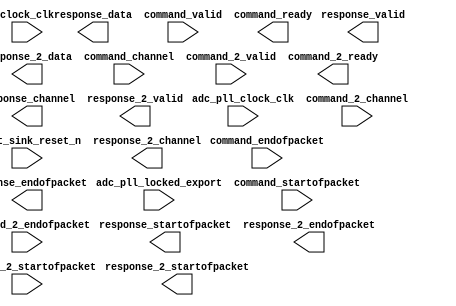

module adc (
	clock_clk,
	reset_sink_reset_n,
	adc_pll_clock_clk,
	adc_pll_locked_export,
	response_valid,
	response_channel,
	response_data,
	response_startofpacket,
	response_endofpacket,
	response_2_valid,
	response_2_channel,
	response_2_data,
	response_2_startofpacket,
	response_2_endofpacket,
	command_valid,
	command_channel,
	command_startofpacket,
	command_endofpacket,
	command_ready,
	command_2_valid,
	command_2_channel,
	command_2_startofpacket,
	command_2_endofpacket,
	command_2_ready);	

	input		clock_clk;
	input		reset_sink_reset_n;
	input		adc_pll_clock_clk;
	input		adc_pll_locked_export;
	output		response_valid;
	output	[4:0]	response_channel;
	output	[11:0]	response_data;
	output		response_startofpacket;
	output		response_endofpacket;
	output		response_2_valid;
	output	[4:0]	response_2_channel;
	output	[11:0]	response_2_data;
	output		response_2_startofpacket;
	output		response_2_endofpacket;
	input		command_valid;
	input	[4:0]	command_channel;
	input		command_startofpacket;
	input		command_endofpacket;
	output		command_ready;
	input		command_2_valid;
	input	[4:0]	command_2_channel;
	input		command_2_startofpacket;
	input		command_2_endofpacket;
	output		command_2_ready;
endmodule